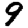
Digit: 9